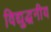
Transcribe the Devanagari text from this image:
विद्युद्धनीय